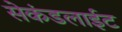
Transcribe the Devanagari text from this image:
सेकंडलाईट